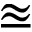
\approxeq